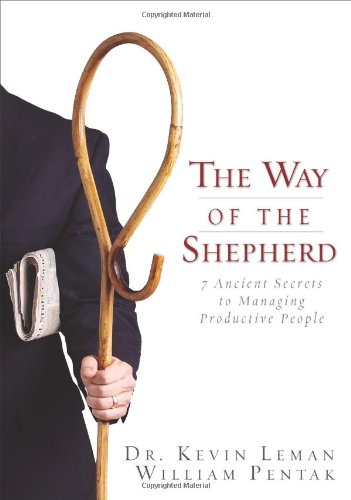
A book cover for The Way of the Shepherd: 7 Ancient Secrets to Managing Productive People; Kevin Leman; Business & Money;